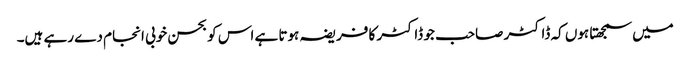
میں سمجھتا ہوں کہ ڈاکٹر صاحب جو ڈاکٹر کا فریضہ ہوتا ہے اس کو بحسن خوبی انجام دے رہے ہیں۔